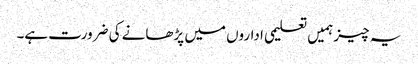
یہ چیز ہمیں تعلیمی اداروں میں پڑھانے کی ضرورت ہے۔